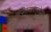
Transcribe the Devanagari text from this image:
संगीतसारामृतोद्धार